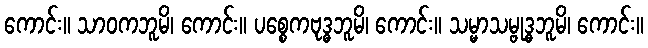
ကောင်း။ သာဝကဘူမိ၊ ကောင်း။ ပစ္စေကဗုဒ္ဓဘူမိ၊ ကောင်း။ သမ္မာသမ္ဗုဒ္ဓဘူမိ၊ ကောင်း။